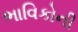
ભાવિકોની